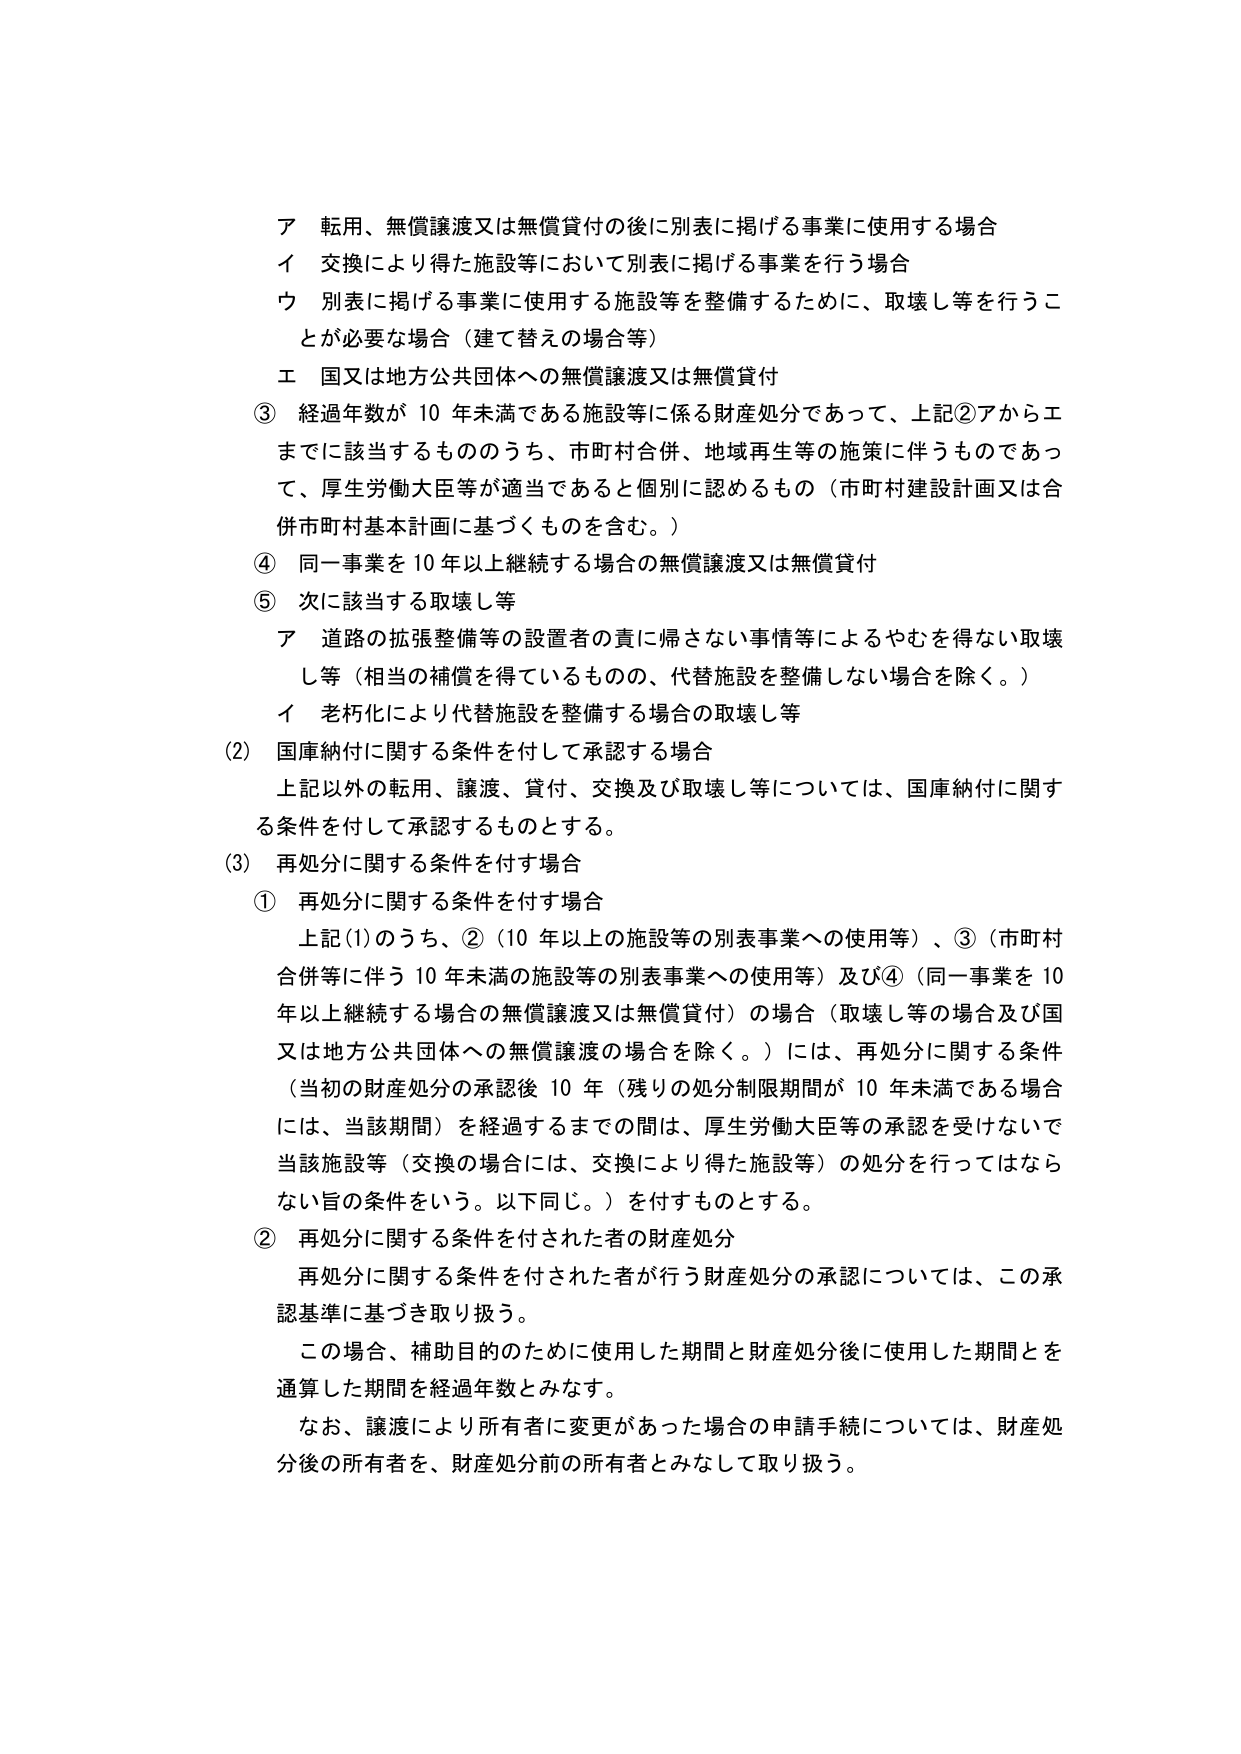
ア 転用、無償譲渡又は無償貸付の後に別表に掲げる事業に使用する場合
イ 交換により得た施設等において別表に掲げる事業を行う場合
ウ 別表に掲げる事業に使用する施設等を整備するために、取壊し等を行うことが必要な場合（建て替えの場合等）
エ 国又は地方公共団体への無償譲渡又は無償貸付

③ 経過年数が10年未満である施設等に係る財産処分であって、上記②アからエまでに該当するもののうち、市町村合併、地域再生等の施策に伴うものであって、厚生労働大臣等が適当であると個別に認めるもの（市町村建設計画又は合併市町村基本計画に基づくものを含む。）

④ 同一事業を10年以上継続する場合の無償譲渡又は無償貸付

⑤ 次に該当する取壊し等
ア 道路の拡張整備等の設置者の責に帰さない事情等によるやむを得ない取壊し等（相当の補償を得ているものの、代替施設を整備しない場合を除く。）
イ 老朽化により代替施設を整備する場合の取壊し等

(2) 国庫納付に関する条件を付して承認する場合
上記以外の転用、譲渡、貸付、交換及び取壊し等については、国庫納付に関する条件を付して承認するものとする。

(3) 再処分に関する条件を付す場合
① 再処分に関する条件を付す場合
上記(1)のうち、②（10年以上の施設等の別表事業への使用等）、③（市町村合併等に伴う10年未満の施設等の別表事業への使用等）及び④（同一事業を10年以上継続する場合の無償譲渡又は無償貸付）の場合（取壊し等の場合及び国又は地方公共団体への無償譲渡の場合を除く。）には、再処分に関する条件（当初の財産処分の承認後10年（残りの処分制限期間が10年未満である場合には、当該期間）を経過するまでの間は、厚生労働大臣等の承認を受けないで当該施設等（交換の場合には、交換により得た施設等）の処分を行ってはならない旨の条件をいう。以下同じ。）を付すものとする。

② 再処分に関する条件を付された者の財産処分
再処分に関する条件を付された者が行う財産処分の承認については、この承認基準に基づき取り扱う。
この場合、補助目的のために使用した期間と財産処分後に使用した期間を通算した期間を経過年数とみなす。
なお、譲渡により所有者に変更があった場合の申請手続については、財産処分後の所有者を、財産処分前の所有者とみなして取り扱う。